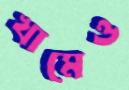
খামেও